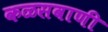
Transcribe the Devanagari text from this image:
कळसवाणी